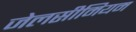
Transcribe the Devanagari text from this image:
जेलसीमियम